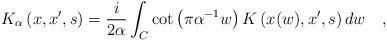
LaTeX: \begin{align*}K_{\alpha}\left(x,x',s\right)={i\over 2\alpha} \int_{C} \cot \left(\pi \alpha^{-1} w\right)K\left(x(w),x',s\right) dw~~~,\end{align*}